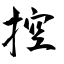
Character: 控